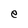
Character: e